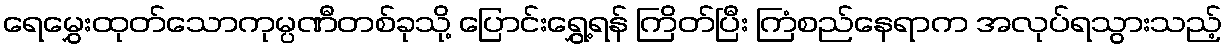
ရေမွှေးထုတ်သောကုမ္ပဏီတစ်ခုသို့ ပြောင်းရွှေ့ရန် ကြိတ်ပြီး ကြံစည်နေရာက အလုပ်ရသွားသည့်